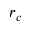
r _ { c }